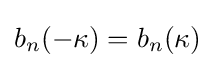
b_{n}(-\kappa )=b_{n}(\kappa )